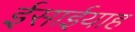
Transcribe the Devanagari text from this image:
ईसाईयाह